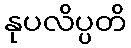
နုပလိပ္ပတိ